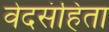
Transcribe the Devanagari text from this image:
वेदसंहिता